Medical and sanitary report of the native army of Madras for the year
Year: 1875
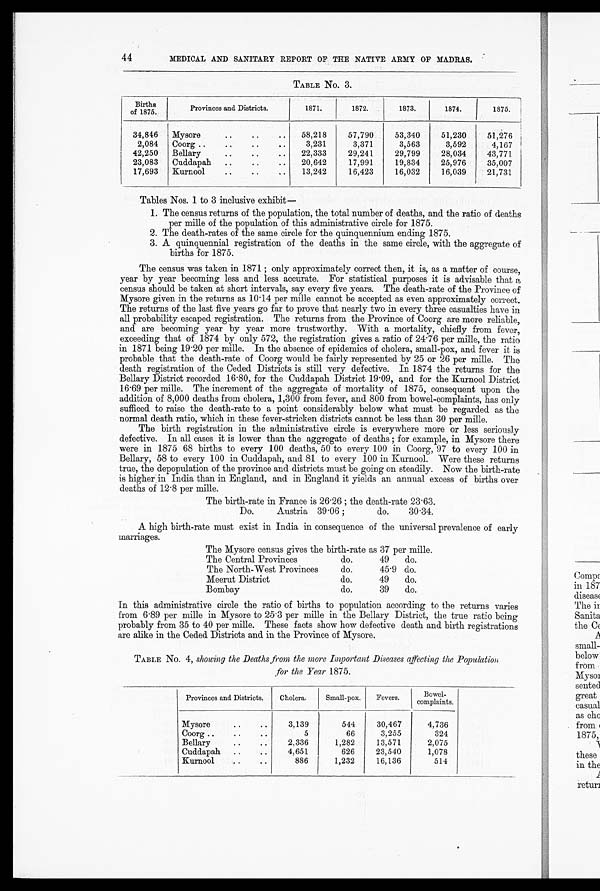
44
MEDICAL AND SANITARY REPORT OF THE NATIVE ARMY OF MADRAS.
TABLE No. 3.
Births
of 1875.
Provinces and Districts.
1871.
1872.
1873.
1874.
1875.
34,846
Mysore
58,218
57,790
53,340
51,230
51,276
2,084
Coorg
3,231
3,371
3,563
3,592
4,167
42,250
Bellary
22,333
29,241
29,799
28,034
43,771
23,083
Cuddapah
20,642
17,991
19,834
25,976
35,007
17,693
Kurnool
13,242
16,423
16,032
16,039
21,731
Tables Nos. 1 to 3 inclusive exhibit
—
1. The census returns of the population, the total number of deaths, and the ratio of deaths
per mille of the population of this administrative circle for 1875.
2. The death-rates of the same circle for the quinquennium ending 1875.
3. A quinquennial registration of the deaths in the same circle, with the aggregate of
births for 1875.
The census was taken in 1871; only approximately correct then, it is, as a matter of course,
year by year becoming less and less accurate. For statistical purposes it is advisable that a
census should be taken at short intervals, say every five years. The death-rate of the Province of
Mysore given in the returns as 10.14 per mille cannot be accepted as even approximately correct.
The returns of the last five years go far to prove that nearly two in every three casualties have in
all probability escaped registration. The returns from the Province of Coorg are more reliable,
and are becoming year by year more trustworthy. With a mortality, chiefly from fever,
exceeding that of 1874 by only 572, the registration gives a ratio of 24.76 per mille, the ratio
in 1871 being 19.20 per mille. In the absence of epidemics of cholera, small-pox, and fever it is
probable that the death-rate of Coorg would be fairly represented by 25 or 26 per mille. The
death registration of the Ceded Districts is still very defective. In 1874 the returns for the
Bellary District recorded 16.80, for the Cuddapah District 19.09, and for the Kurnool District
16.69 per mille. The increment of the aggregate of mortality of 1875, consequent upon the
addition of 8,000 deaths from cholera, 1,300 from fever, and 800 from bowel-complaints, has only
sufficed to raise the death-rate to a point considerably below what must be regarded as the
normal death ratio, which in these fever-stricken districts cannot be less than 30 per mille.
The birth registration in the administrative circle is everywhere more or less seriously
defective. In all cases it is lower than the aggregate of deaths; for example, in Mysore there
were in 1875 68 births to every 100 deaths, 50 to every 100 in Coorg, 97 to every 100 in
Bellary, 58 to every 100 in Cuddapah, and 81 to every 100 in Kurnool. Were these returns
true, the depopulation of the province and districts must be going on steadily. Now the birth-rate
is higher in India than in England, and in England it yields an annual excess of births over
deaths of 12.8 per mille.
The birth-rate in France is 26 . 26; the death-rate 23.63.
Do.
Austria 39.06;
do. 30.34.
A high birth-rate must exist in India in consequence of the universal prevalence of early
marriages.
The Mysore census gives the birth-rate as 37 per mille.
The Central Provinces
do.
49
do.
The North-West Provinces
do.
45.9 do.
Meerut District
do.
49
do.
Bombay
do.
39
do.
In this administrative circle the ratio of births to population according to the returns varies
from 6 . 89 per mille in Mysore to 25 . 3 per mille in the Bellary District, the true ratio being
probably from 35 to 40 per mille. These facts show how defective death and birth registrations
are alike in the Ceded Districts and in the Province of Mysore.
TABLE No. 4, showing the Deaths from the more Important Diseases affecting the Population
for the Year 1875.
Provinces and Districts.
Cholera.
Small-pox.
Fevers.
Bowel -
complaints.
Mysore
3 , 1 3 9
544
30,467
4,736
Coorg
5
66
3,255
324
Bellary
2,336
1,282
13,571
2,075
Cuddapah
4,651
626
23,540
1,078
Kurnool
8 8 6 1 , 2 3 2
16,136
514